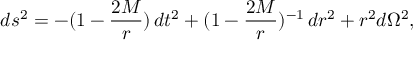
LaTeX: d s ^ { 2 } = - ( 1 - { \frac { 2 M } { r } } ) \, d t ^ { 2 } + ( 1 - { \frac { 2 M } { r } } ) ^ { - 1 } \, d r ^ { 2 } + r ^ { 2 } d \Omega ^ { 2 } ,